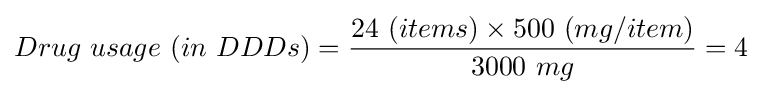
Drug\ usage\ (in\ DDDs)={\frac {24\ (items)\times 500\ (mg/item)}{3000\ mg}}=4